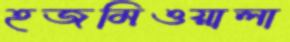
হজমিওয়ালা